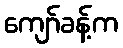
ကျော်ခန့်က